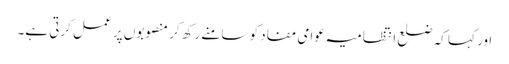
اور کہا کہ ضلع انتظامیہ عوامی مفاد کو سامنے رکھ کر منصوبوں پر عمل کرتی ہے۔